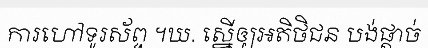
ការហៅទូរស័ព្ទ ។ឃ. ស្នើឲ្យអតិថិជន បង់ផ្តាច់